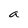
Character: a